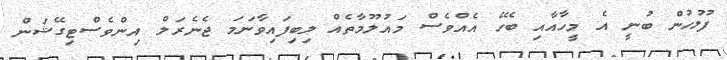
ފުލުހުން ބުނީ އެ މީހާއާއި ބެހޭ އެއްވެސް މައުލޫމާތެއް ލިބިފައިވާނަމަ ޖެނެރަލް އިންވެސްޓިގޭޝަން